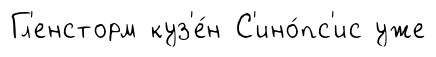
Гл'енсторм куз'е́н С'ино́пс'ис уже